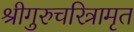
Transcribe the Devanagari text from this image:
श्रीगुरुचरित्रामृत